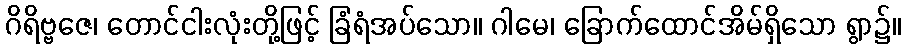
ဂိရိဗ္ဗဇေ၊ တောင်ငါးလုံးတို့ဖြင့် ခြံရံအပ်သော။ ဂါမေ၊ ခြောက်ထောင်အိမ်ရှိသော ရွာ၌။